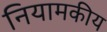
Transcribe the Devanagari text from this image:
नियामकीय